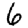
Digit: 6